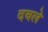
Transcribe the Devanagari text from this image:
दबले